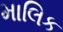
માલિક